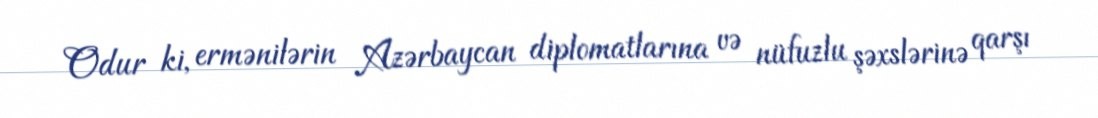
Odur ki, ermənilərin Azərbaycan diplomatlarına və nüfuzlu şəxslərinə qarşı